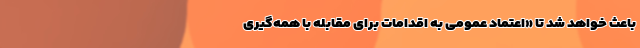
باعث خواهد شد تا «اعتماد عمومی به اقدامات برای مقابله با همه‌گیری